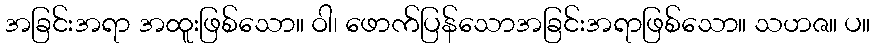
အခြင်းအရာ အထူးဖြစ်သော။ ဝါ၊ ဖောက်ပြန်သောအခြင်းအရာဖြစ်သော။ သဟဇ။ ပ။